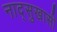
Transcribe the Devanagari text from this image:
नाद्सुखासी